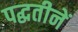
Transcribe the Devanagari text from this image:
पद्धतीनें